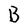
Character: B